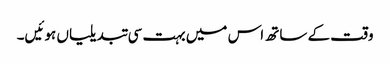
وقت کے ساتھ اس میں بہت سی تبدیلیاں ہوئیں۔